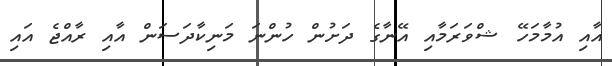
އާއި އުމާމަހޭ ޝްވަރަމާއި އޭނާގެ ދަށުން ހުންނަ މަނިކާދަސަން އާއި ރާއްޖެ އައި